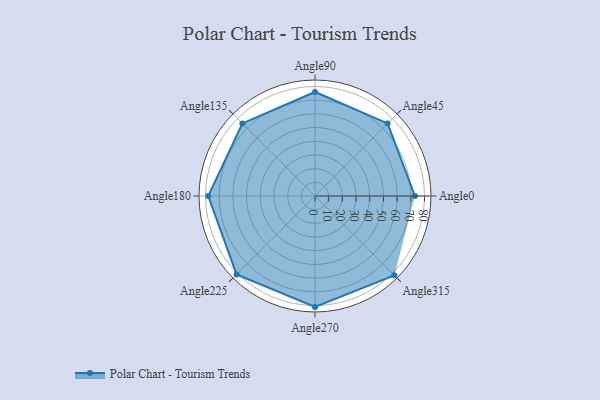
{"axis": {"x": "Angle", "y": "Radius"}, "legend": [""], "data": [{"x": "Angle0", "y": 73.0, "type": ""}, {"x": "Angle45", "y": 75.0, "type": ""}, {"x": "Angle90", "y": 76.0, "type": ""}, {"x": "Angle135", "y": 75.0, "type": ""}, {"x": "Angle180", "y": 78.0, "type": ""}, {"x": "Angle225", "y": 81.0, "type": ""}, {"x": "Angle270", "y": 81.0, "type": ""}, {"x": "Angle315", "y": 82.0, "type": ""}]}